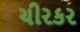
ચીરકર